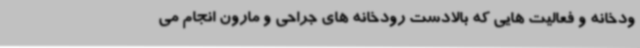
ودخانه و فعالیت هایی که بالادست رودخانه های جراحی و مارون انجام می